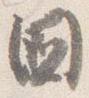
閫